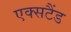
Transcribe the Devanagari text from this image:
एक्सटैंड